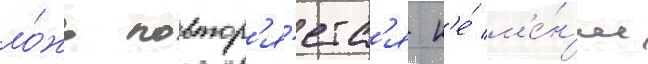
ло́жь повтор'я́етс'я н'е́ м'е́н'ее